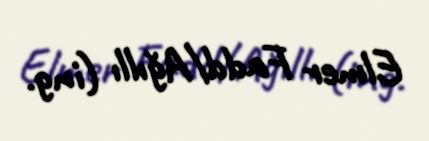
Elmer Fadd/Ağıllı (ing.